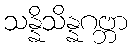
သန္နိသိန္နဂဗ္ဘာ